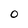
Character: O